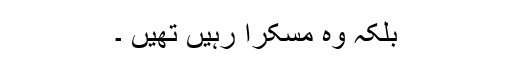
بلکہ وہ مسکرا رہیں تھیں ۔